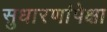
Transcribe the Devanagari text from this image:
सुधारणांपेक्षा